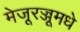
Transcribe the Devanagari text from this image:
मेजूरज्जूमधे